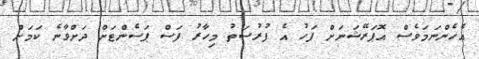
އެހެންނަމަވެސް އޮޕަރޭޝަނަށް ފަހު އެ ފުރުސަތު މިހާރު ފަސް ޕަސެންޓަށް ދަށްވާނެ ކަމަށް